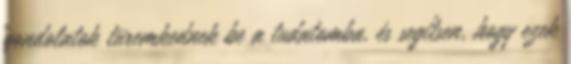
gondolatok türemkednek be a tudatomba, és segítsen, hogy ezek